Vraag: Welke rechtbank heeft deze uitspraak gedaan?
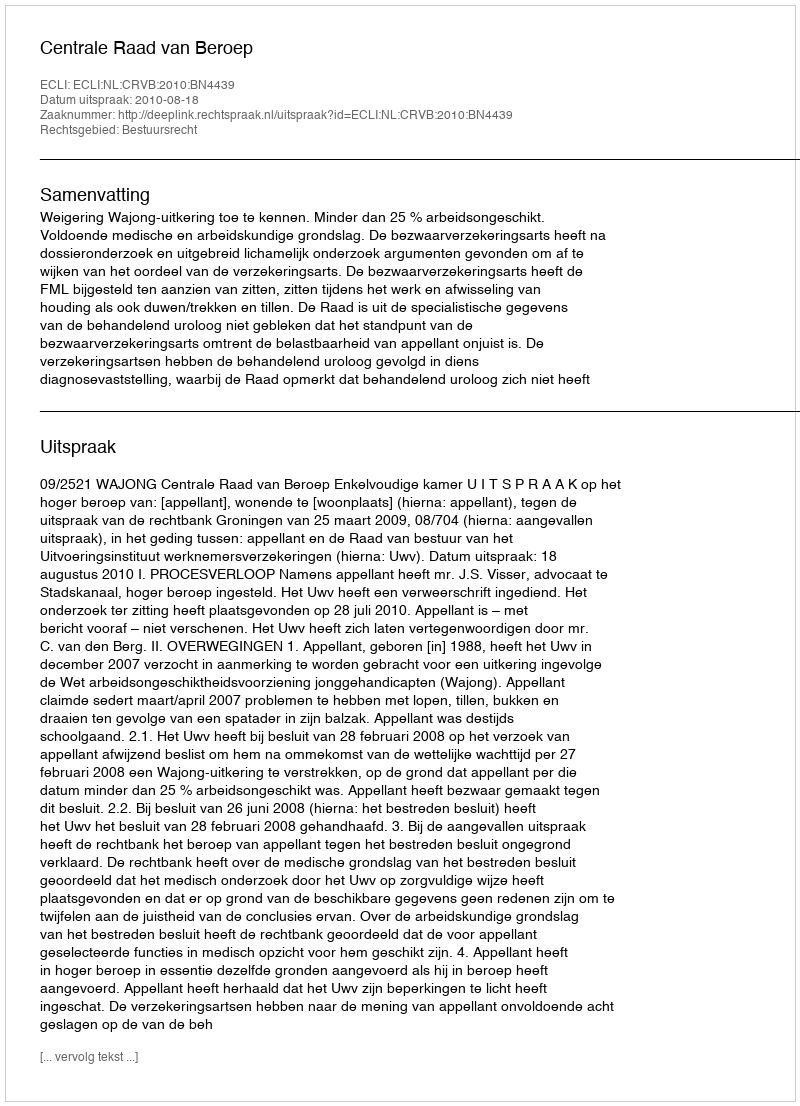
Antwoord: Centrale Raad van Beroep